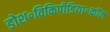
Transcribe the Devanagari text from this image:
डोश॰विकिपीडिया॰कॉम